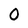
Character: 0